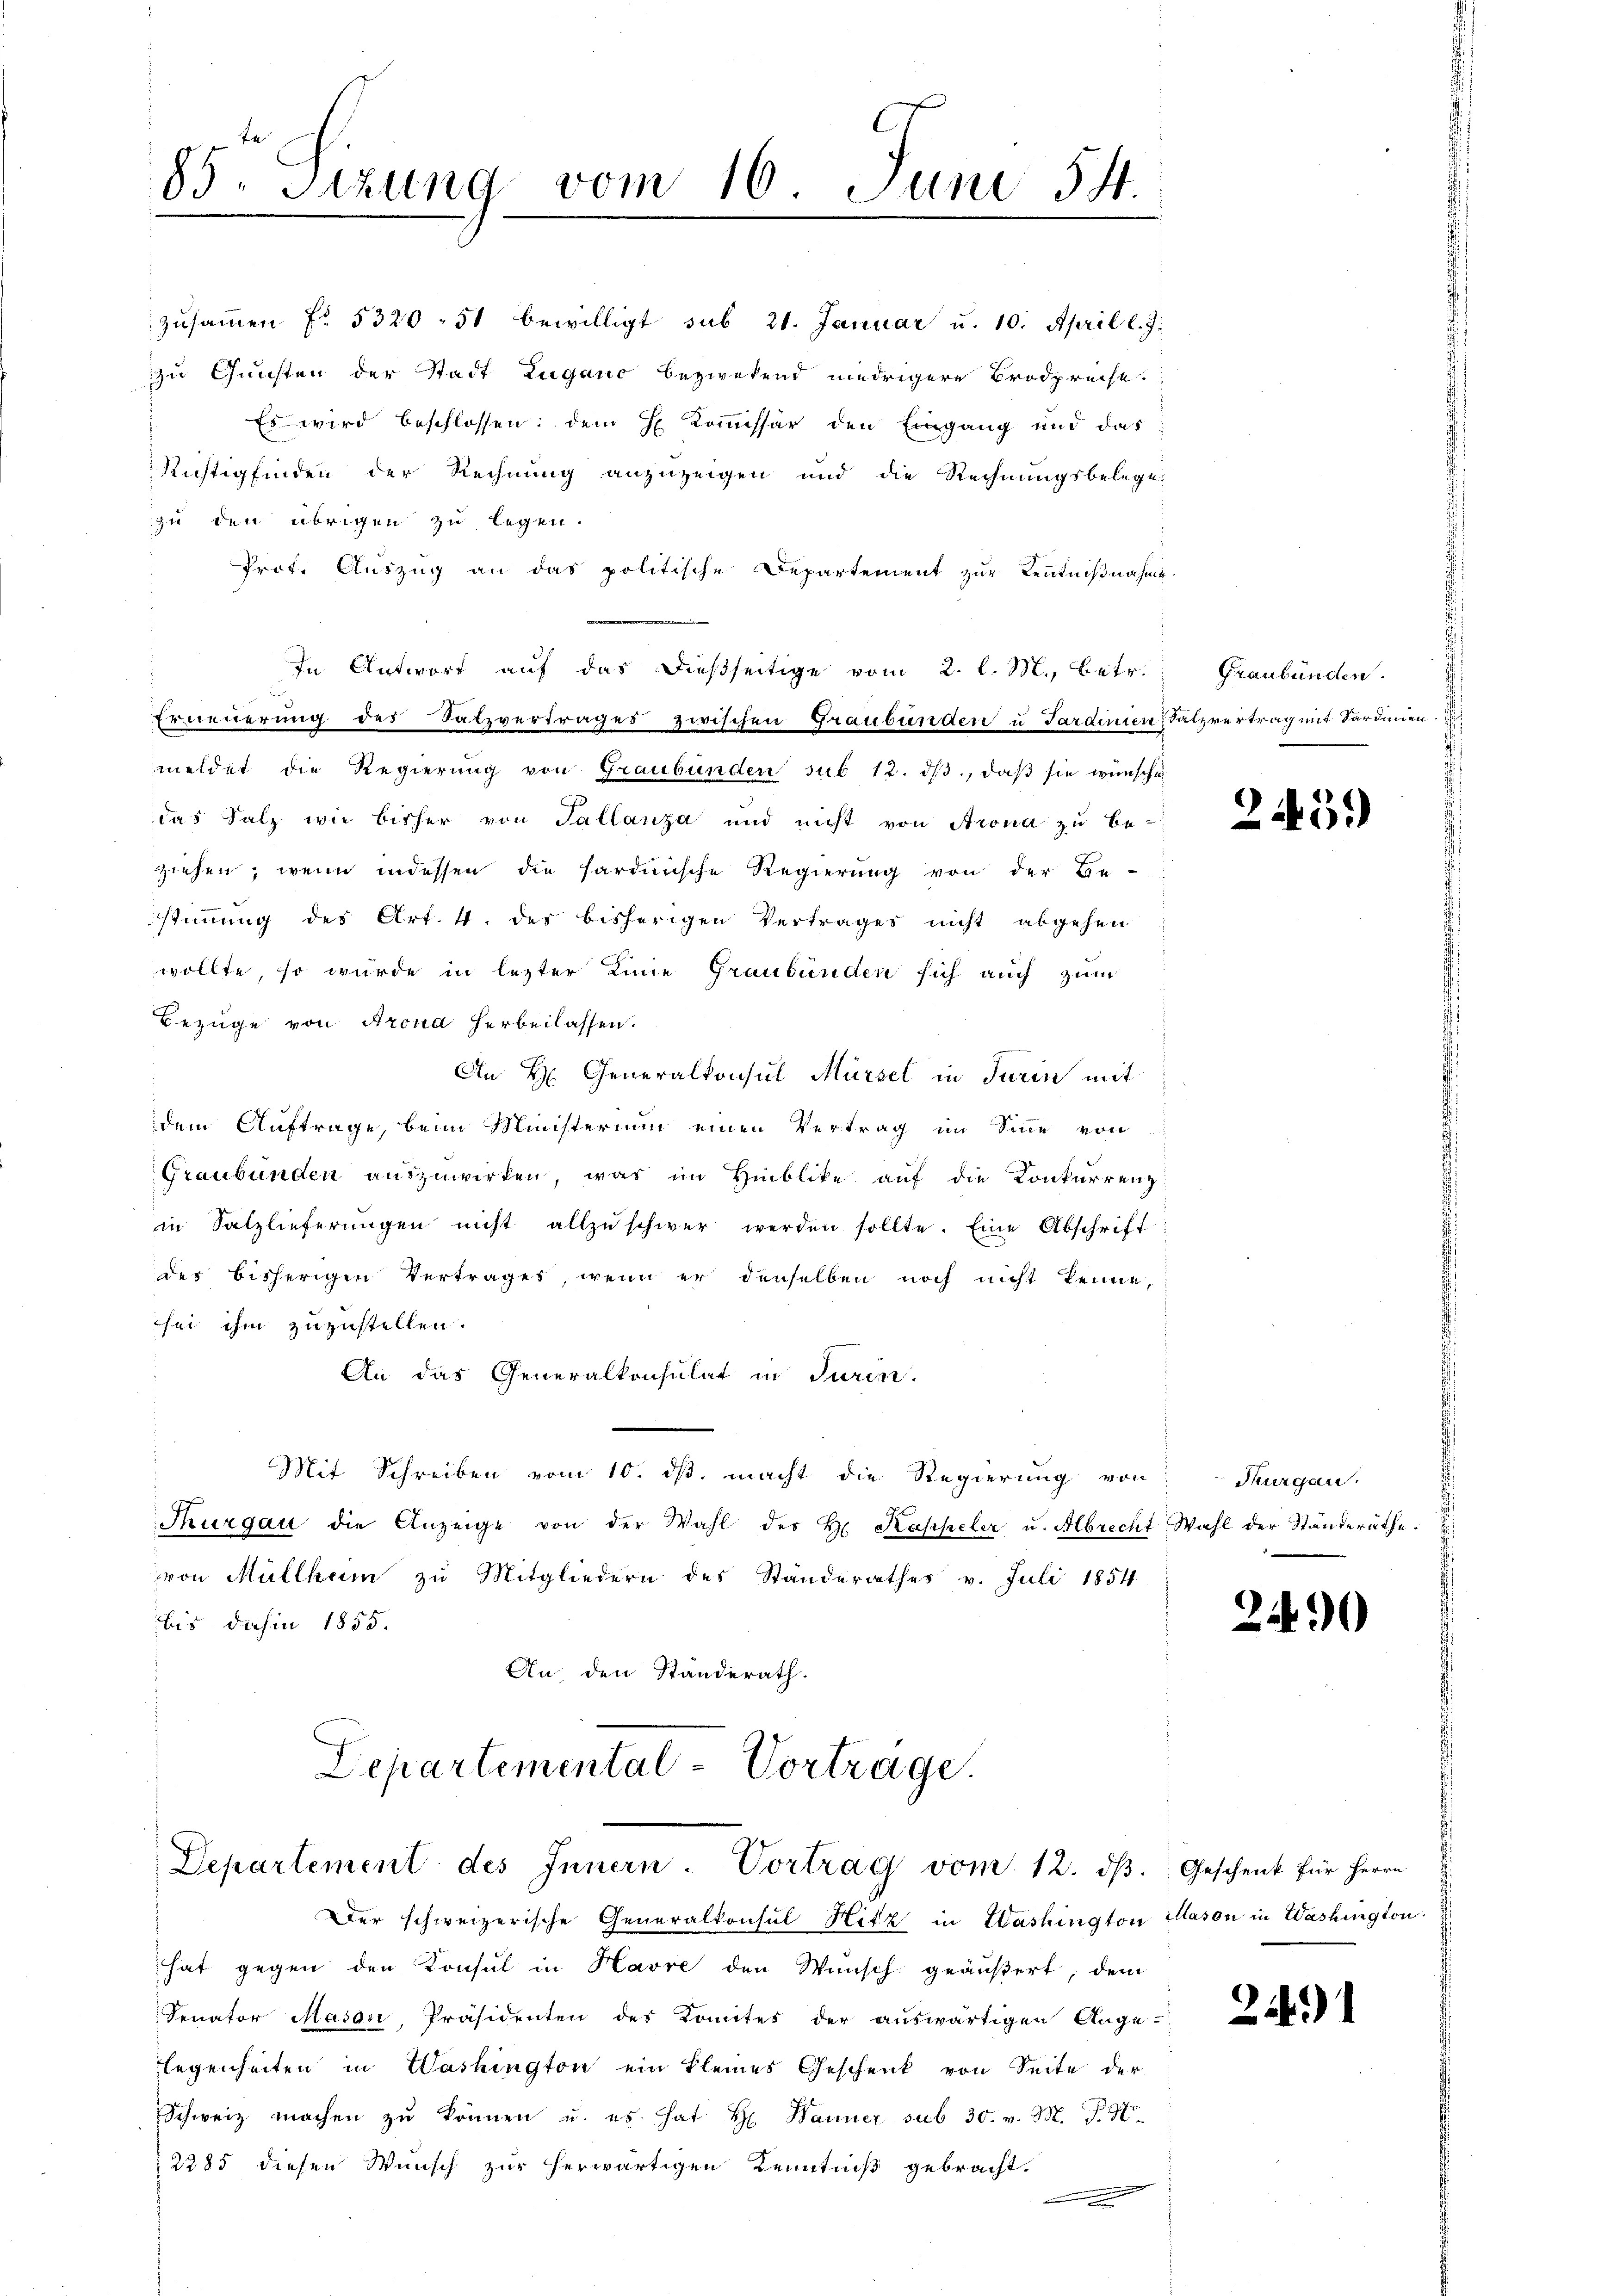
83. Sitzung vom 16. Juni 54.
.

In Antwort auf das dießseitige vom 2. l. M., betr.
Erneuerung des Salzvertrages zwischen Graubünden u Sardinien Salzvertrag mit Sardinien
meldet die Regierŭng von Graubünden sub 12. dβ, daβ sie wünsche
das Salz wie bisher von Tallanza und nicht von Arona zu be-
ziehen, wenn indessen die hardinische Regierung von der Be-
stimmung des Art. 4. des bisherigen Vertrages nicht abgehen
wollte, so wurde in lezter Linie Graubünden sich auch zum
Bezüge von Arond herbeilassen.
An H. Generalkonsul Mürsel in Turin mit
dem Auftrage, beim Ministerium einen Vertrag im Sinne von
Graubünden auszuwirken, was im Hinblike auf die Konkurrenz
in Salzlieferŭngen nicht allzŭschwer werden sollte. Eine Abschrift
des bisherigen Vertrages, wenn er denselben noch nicht kenne,
sei ihm zuzustellen.
An das Generalkonsulat in Turin.
Mit Schreiben vom 10. ds. macht die Regierung von Thurgan
Thurgau die Anzeige von der Wahl der H. Kappeler u. Albrecht Wahl der Ständeräthe.
von Müllhum zu Mitgliedern des Standerathes v. Juli 1854
bis dahin 1855.
An, den Standerath.

Departemental-Vortrage.
Departement des Innern. Vortrag vom 12. dβ. Geschenk für Herrn

zusammen f. 5320, 51 bewilligt sub 21. Januar u. 10. April l. J.
zu Gunsten der Stadt Lugano bezwekend niedrigere Brodpreise.
Es wird beschlossen: dem H Kommissär den Eingang und das
Richtigfinden der Rechnung anzuzeigen und die Rechnungsbelege.
zu den übrigen zu legen.
Prof. Auszug an das politische Departement zur Kenntnißnahme.

Der schweizerische Generalkonsul Hitz in Washington Mason in Washington:
hat gegen den Konsul in Havre den Wunsch geäußert, dem
Senator Masosi, Präsidenten des Komites der auswärtigen Ange-
legenheiten in Washington ein kleines Geschenk von Seite der
Schweiz machen zŭ können u. es hat H. Banner sub 30. v. M. J. H.
2285 diesen Wunsch zur herwärtigen Kenntniß gebracht.

x

Graubünden.

245.

2490

24)